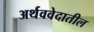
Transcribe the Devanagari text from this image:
अर्थववेदातील